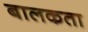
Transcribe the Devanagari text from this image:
बालकता